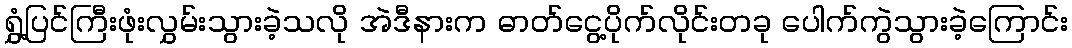
ရွှံ့ပြင်ကြီးဖုံးလွှမ်းသွားခဲ့သလို အဲဒီနားက ဓာတ်ငွေ့ပိုက်လိုင်းတခု ပေါက်ကွဲသွားခဲ့ကြောင်း